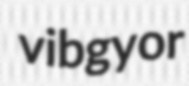
vibgyor